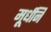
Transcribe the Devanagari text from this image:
मूर्धनि